[Report on the health of British troops in the Madras command]
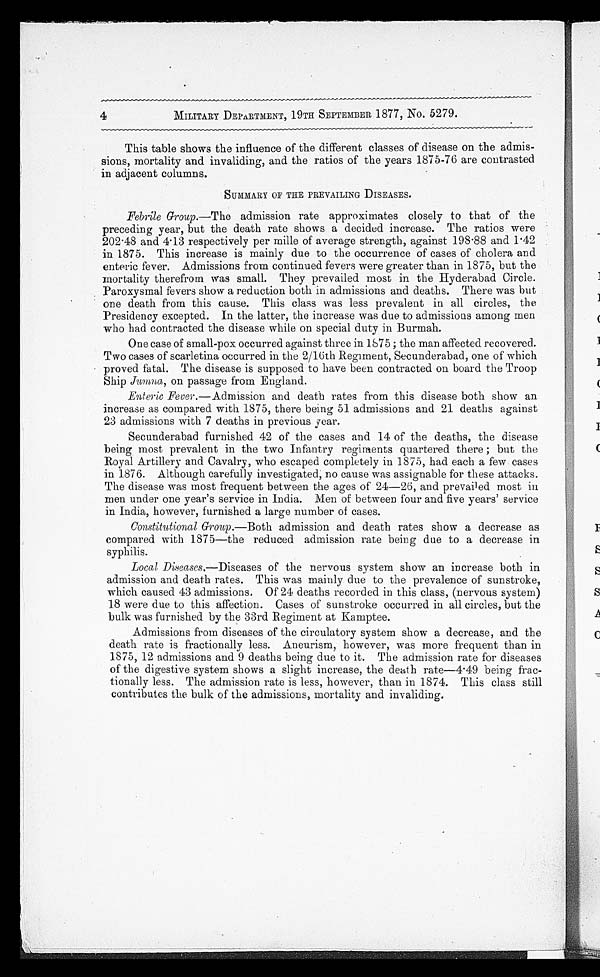
• M.2"ARVIril.*.
4
MILITARY DEPARTMENT, 19TH SEPTEMBER 1877, No. 5279.
This table shows the influence of the different classes of disease on the admis-
sions, mortality and invaliding, and the ratios of the years 1875-76 are contrasted
in adjacent columns.
SUMMARY OF THE PREVAILING DISEASES.
Febrile Group.—The admission rate approximates closely to that of the
preceding year, but the death rate shows a decided increase. The ratios were
202 . 48 and 4 . 13 respectively per mine of average strength, against 198 .88 and 1.42
in 1875. This increase is mainly due to the occurrence of cases of cholera and
enteric fever. Admissions from continued fevers were greater than in 1875, but the
mortality therefrom was small. They prevailed most in the Hyderabad Circle.
Paroxysmal fevers show a reduction both in admissions and deaths. There was but
one death from this cause. This class was less prevalent in all circles, the
Presidency excepted. In the latter, the increase was due to admissions among men
who had contracted the disease while on special duty in Burmah.
One case of small-pox occurred against three in 1875 ; the man affected recovered.
Two cases of scarletina occurred in the 2/16th Regiment, Secunderabad, one of which
proved fatal. The disease is supposed to have been contracted on board the Troop
Ship AM) ba on passage from England.
Enteric Fever.—Admission and death rates from this disease both show an.
increase as compared with 1875, there being 51 admissions and 21 deaths against
23 admissions with 7 deaths in previous year.
Secunderabad furnished 42 of the cases and 14 of the deaths, . the disease
being most prevalent in the two Infantry regiments quartered there ; but the
Royal Artillery and Cavalry, who escaped completely in 1875, had each a few cases
in 1876. Although carefully investigated; no cause was assignable for these attacks.
The disease was most frequent between the ages of 24-26, and prevai l ed most in
men under one year's service in India. Men of between four and five years' service
in India, however, furnished a large number of cases.
Con3titulional Group.—Both admission and death rates show a decrease as
compared with 1875—the reduced admission rate being due to a decrease in
syphilis.
Local Diseases.--Diseases of the nervous system show an increase both in
admission and death rates. This was mainly due to the prevalence of sunstroke,
which caused 43 admissions. Of 24 deaths recorded in this class, (nervous system)
18 were due to this affection. Cases of sunstroke occurred in all circles, but the
bulk was furnished by the 33rd Regiment at Kamptee.
Admissions from diseases of the circulatory system show a decrease, and the
death rate is fractionally less. Aneurism, however, was more frequent than in
1875, 12 admissions and 9 deaths being due to it. The admission rate for diseases
of the digestive system shows a slight increase, the death rate-4 . 49 being frac-
tionally less. The admission rate is less, however, than in 1874. This class still
contributes the bulk of the admissions, mortality and invaliding.
,44